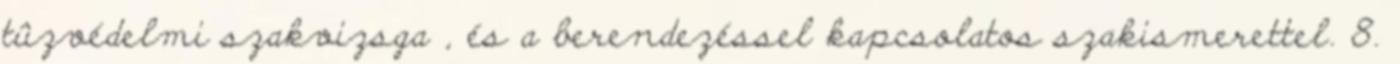
tûzvédelmi szakvizsga , és a berendezéssel kapcsolatos szakismerettel. 8.